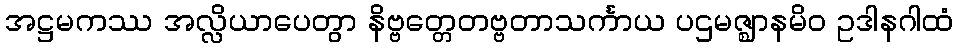
အဋ္ဌမကဿ အလ္လိယာပေတွာ နိဗ္ဗတ္တေတဗ္ဗတာသင်္ကာယ ပဌမဇ္ဈာနမိဝ ဥဒါနဂါထံ